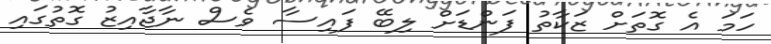
ހަމަ އެ ގޮތަށް ޒަކާތު ފަންޑަށް ލިބޭ ފައިސާ ވެސް ނާޖާއިޒު ގޮތުގައި